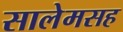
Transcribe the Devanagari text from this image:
सालेमसह